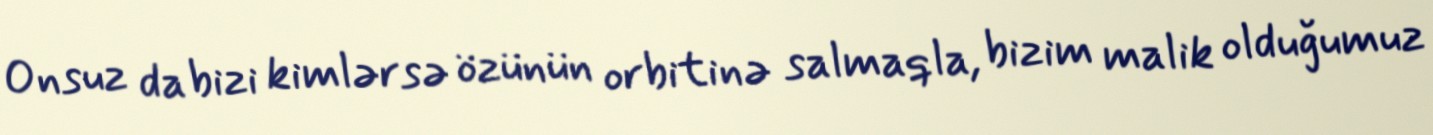
Onsuz da bizi kimlərsə özünün orbitinə salmaqla, bizim malik olduğumuz